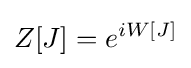
Z[J]=e^{iW[J]}